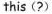
this(?)